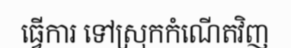
ធ្វើការ ទៅស្រុកកំណើតវិញ